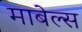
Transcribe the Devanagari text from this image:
माबेल्स